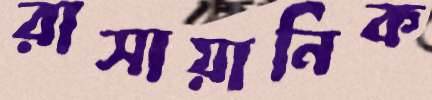
রাসায়ানিক